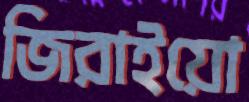
জিরাইয়ো